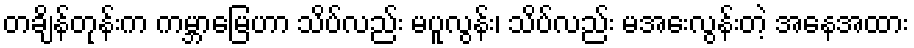
တချိန်တုန်းက ကမ္ဘာမြေဟာ သိပ်လည်း မပူလွန်း၊ သိပ်လည်း မအေးလွန်းတဲ့ အနေအထား